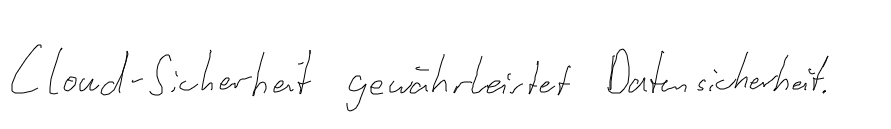
Cloud-Sicherheit gewährleistet Datensicherheit.